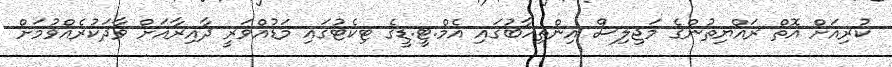
ކުރިއަށް އޮތް ރައްޔިތުންގެ މަޖިލިސް އިންތިހާބުގައި އެމް.ޓީ.ޑީގެ ޓިކެޓުގައި މަޑުއްވަރީ ދާއިރާއަށް ވާދަކުރެއްވުމަށް